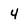
Character: 4